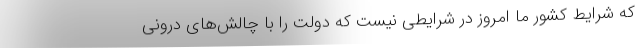
که شرایط کشور ما امروز در شرایطی نیست که دولت را با چالش‌های درونی